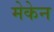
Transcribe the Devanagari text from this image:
मेकेन